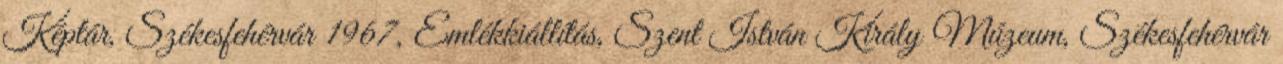
Képtár, Székesfehérvár 1967, Emlékkiállítás, Szent István Király Múzeum, Székesfehérvár